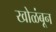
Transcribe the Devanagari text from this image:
खोळंबून